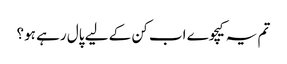
تم یہ کیچوے اب کن کے لیے پال رہے ہو؟